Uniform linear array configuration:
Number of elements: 48
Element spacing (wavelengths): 0.5
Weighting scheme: hann
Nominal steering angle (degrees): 60
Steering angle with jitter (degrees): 61.184
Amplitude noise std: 0.05
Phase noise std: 0.05

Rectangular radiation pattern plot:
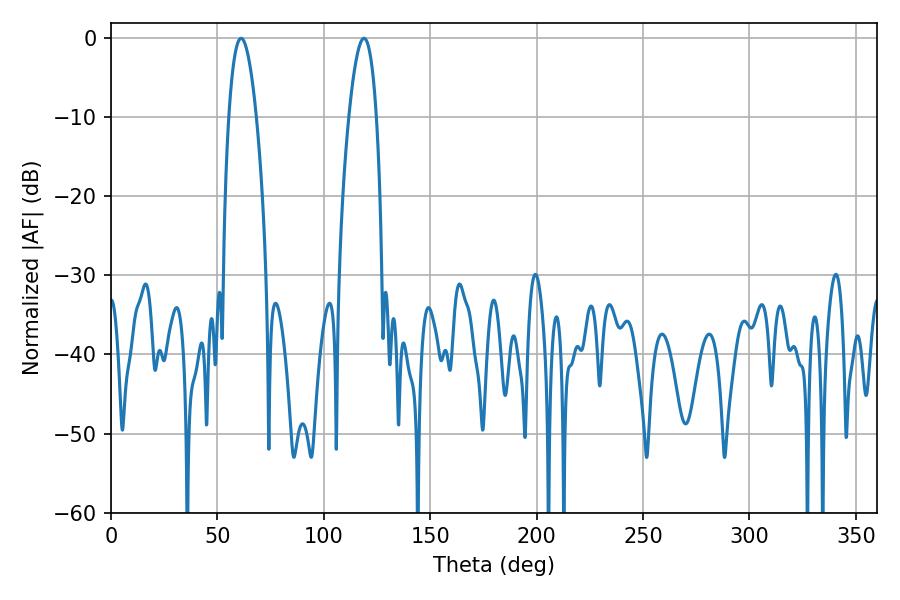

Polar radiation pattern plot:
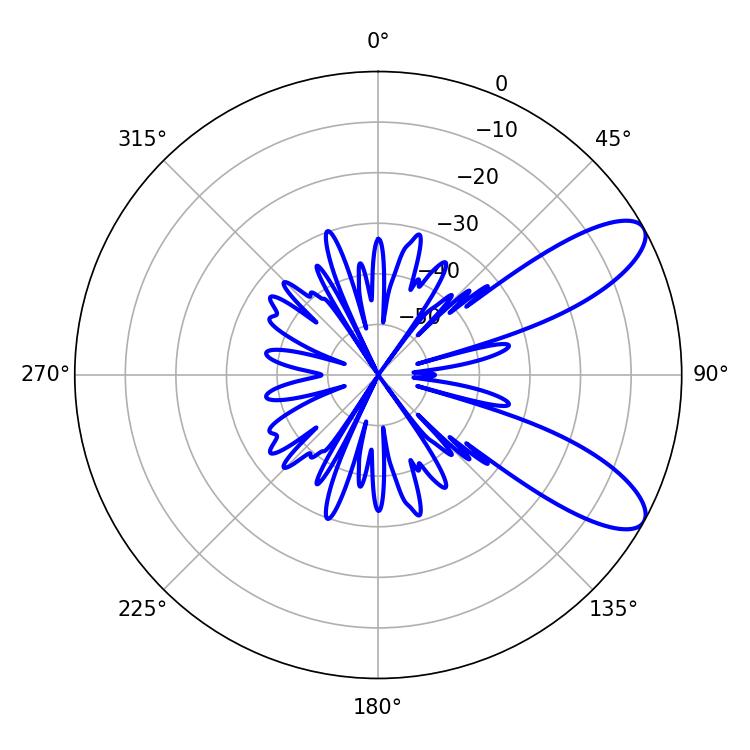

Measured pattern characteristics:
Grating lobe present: FALSE
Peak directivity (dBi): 9.295
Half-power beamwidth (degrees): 7.2
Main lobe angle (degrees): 118.8